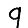
Digit: 9